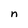
Character: n